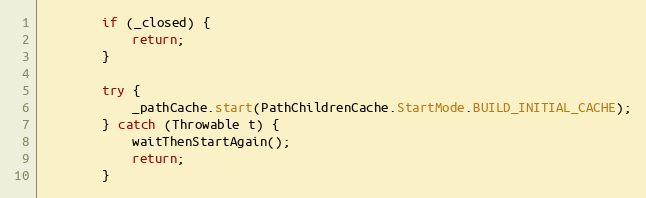
Language: Java
        if (_closed) {
            return;
        }

        try {
            _pathCache.start(PathChildrenCache.StartMode.BUILD_INITIAL_CACHE);
        } catch (Throwable t) {
            waitThenStartAgain();
            return;
        }